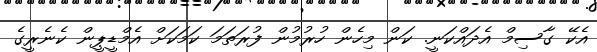
އެކޭ ގާސިމް އެދައްކަނީ. ކަން މިހެން ހުރުުމުން ފުރަތަމަ ކަމަކަށް އެމްޑީޕީން ކެނެރީގެ